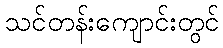
သင်တန်းကျောင်းတွင်